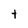
Character: t